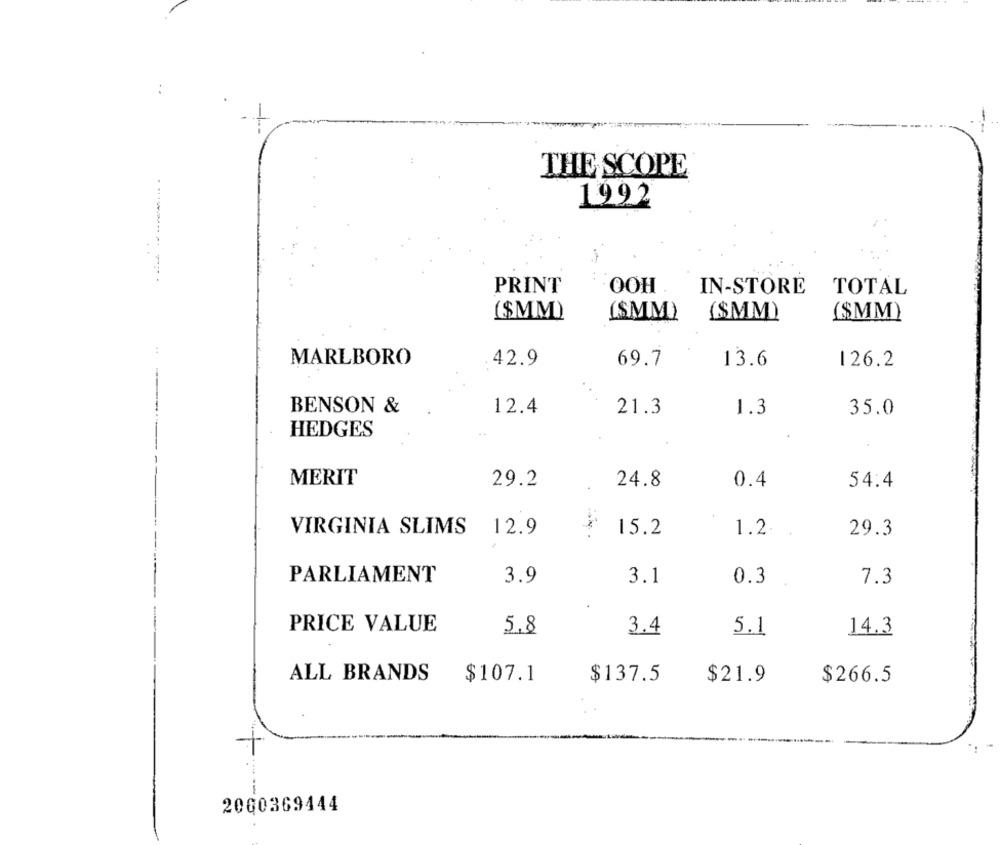
:
- 1
THE SCOPE
1992
---
PRINT
OOH
IN-STORE
TOTAL
($MM)
(SMM)
($MM)
($MM)
MARLBORO
42.9
69.7
13.6
126.2
BENSON &
12.4
21.3
1.3
35.0
HEDGES
MERIT
29.2
24.8
0.4
54.4
VIRGINIA SLIMS
12.9
15.2
1.2.
29.3
PARLIAMENT
3.9
3.1
0.3
7.3
PRICE VALUE
5.8
3.4
5.1
14.3
ALL BRANDS
$107.1
$137.5
$21.9
$266.5
2060369444